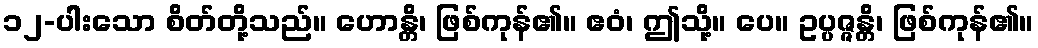
၁၂-ပါးသော စိတ်တို့သည်။ ဟောန္တိ၊ ဖြစ်ကုန်၏။ ဧဝံ၊ ဤသို့။ ပေ။ ဥပ္ပဇ္ဇန္တိ၊ ဖြစ်ကုန်၏။